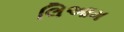
લિઆમ